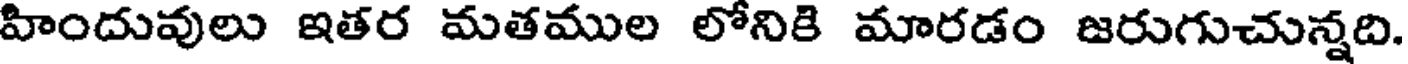
హిందువులు ఇతర మతముల లోనికి మారడం జరుగుచున్నది.